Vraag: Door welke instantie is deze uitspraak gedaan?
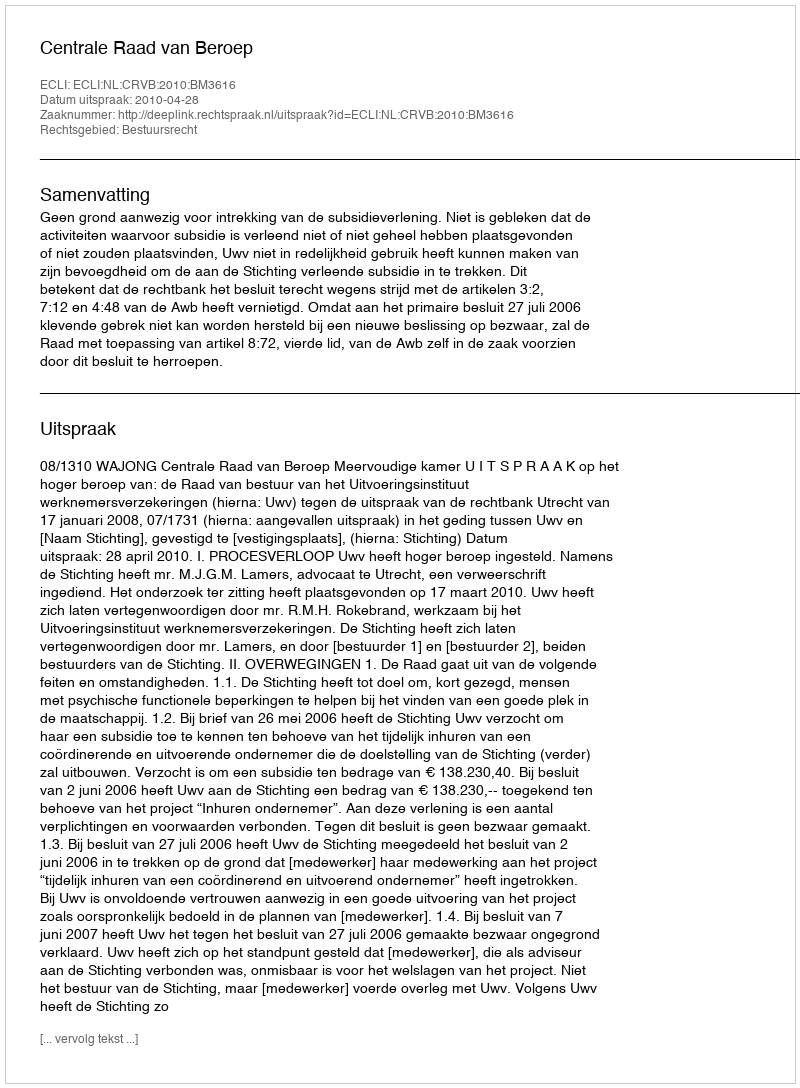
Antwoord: Centrale Raad van Beroep